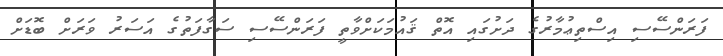
ފަރަންސޭސި އިސްތިޢުމާރުގެ ދަށުގައި އޮތް ޤައުމަކަށްވާތީ ފަރަންސޭސި ސަގާފަތުގެ އަސަރުު ވަރަށް ބޮޑަށް